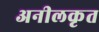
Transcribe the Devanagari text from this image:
अनीलकृत